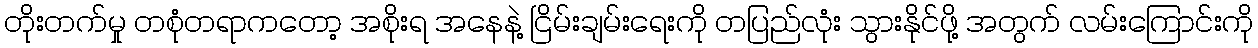
တိုးတက်မှု တစုံတရာကတော့ အစိုးရ အနေနဲ့ ငြိမ်းချမ်းရေးကို တပြည်လုံး သွားနိုင်ဖို့ အတွက် လမ်းကြောင်းကို